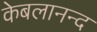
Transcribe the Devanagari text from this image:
केबलानन्द